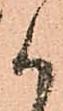
か